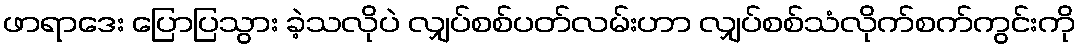
ဖာရာဒေး ပြောပြသွား ခဲ့သလိုပဲ လျှပ်စစ်ပတ်လမ်းဟာ လျှပ်စစ်သံလိုက်စက်ကွင်းကို